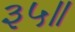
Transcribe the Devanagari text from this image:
३५॥